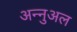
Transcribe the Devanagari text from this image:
अन्नुअल